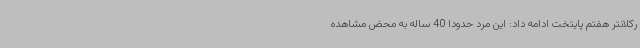
رکلانتر هفتم پایتخت ادامه داد: این مرد حدودا 40 ساله به محض مشاهده